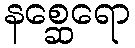
နစ္ဆေရော